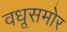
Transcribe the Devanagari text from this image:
वधूसमोर